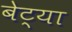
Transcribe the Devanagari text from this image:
बेट्या